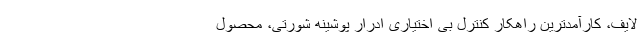
لایف، کارآمدترین راهکار کنترل بی اختیاری ادرار پوشینه شورتی، محصول